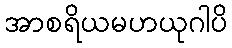
အာစရိယမဟယုဂါပိ